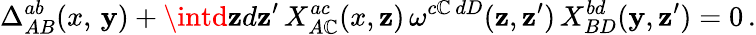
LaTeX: \Delta_{AB}^{ab}(x,\, \mathbf{y})+\intd\mathbf{z}d\mathbf{z}^{\prime}\, X_{A\mathbb{C}}^{ac}(x,\mathbf{z})\, \omega^{c\mathbb{C}\, dD}(\mathbf{z},\mathbf{z}^{\prime})\, X_{BD}^{bd}(\mathbf{y},\mathbf{z}^{\prime})=0\, .